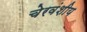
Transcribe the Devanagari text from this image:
चेरवंशीय